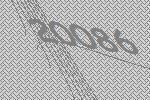
20086